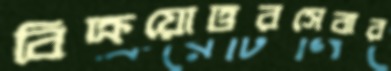
বিক্রয়োত্তরসেবার